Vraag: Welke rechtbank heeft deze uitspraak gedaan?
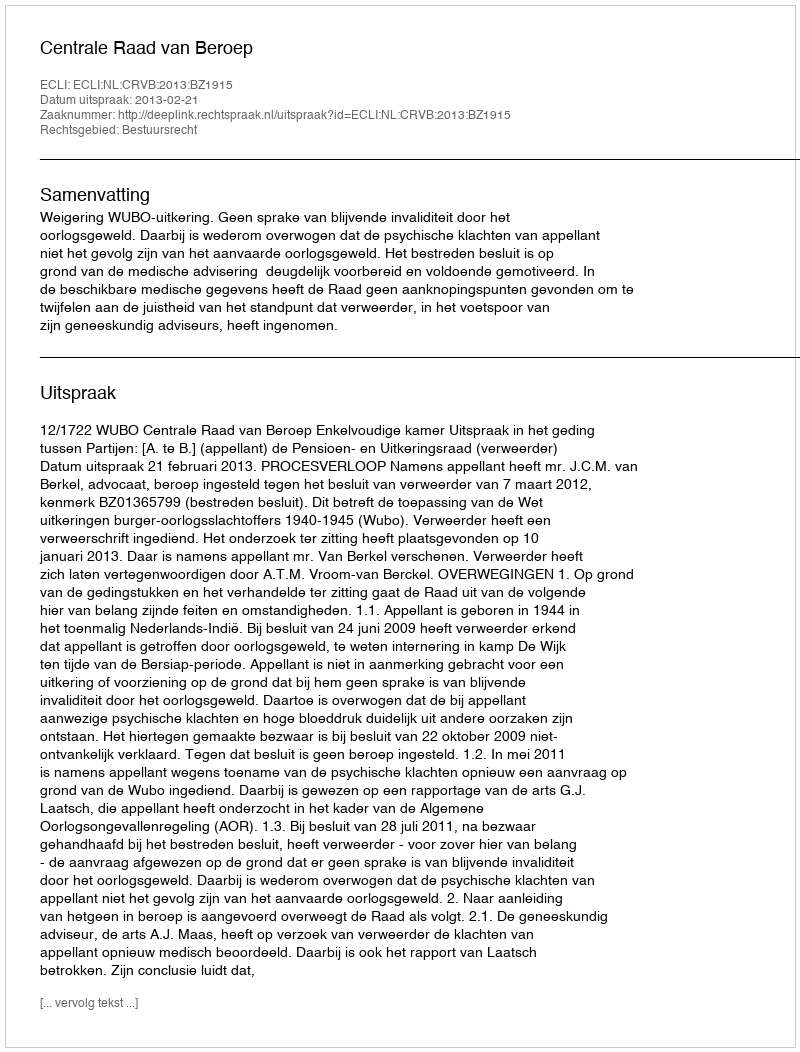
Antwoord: Centrale Raad van Beroep